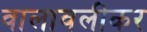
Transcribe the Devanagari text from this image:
वालावलीकर